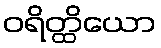
ဝရိတ္ထိယော